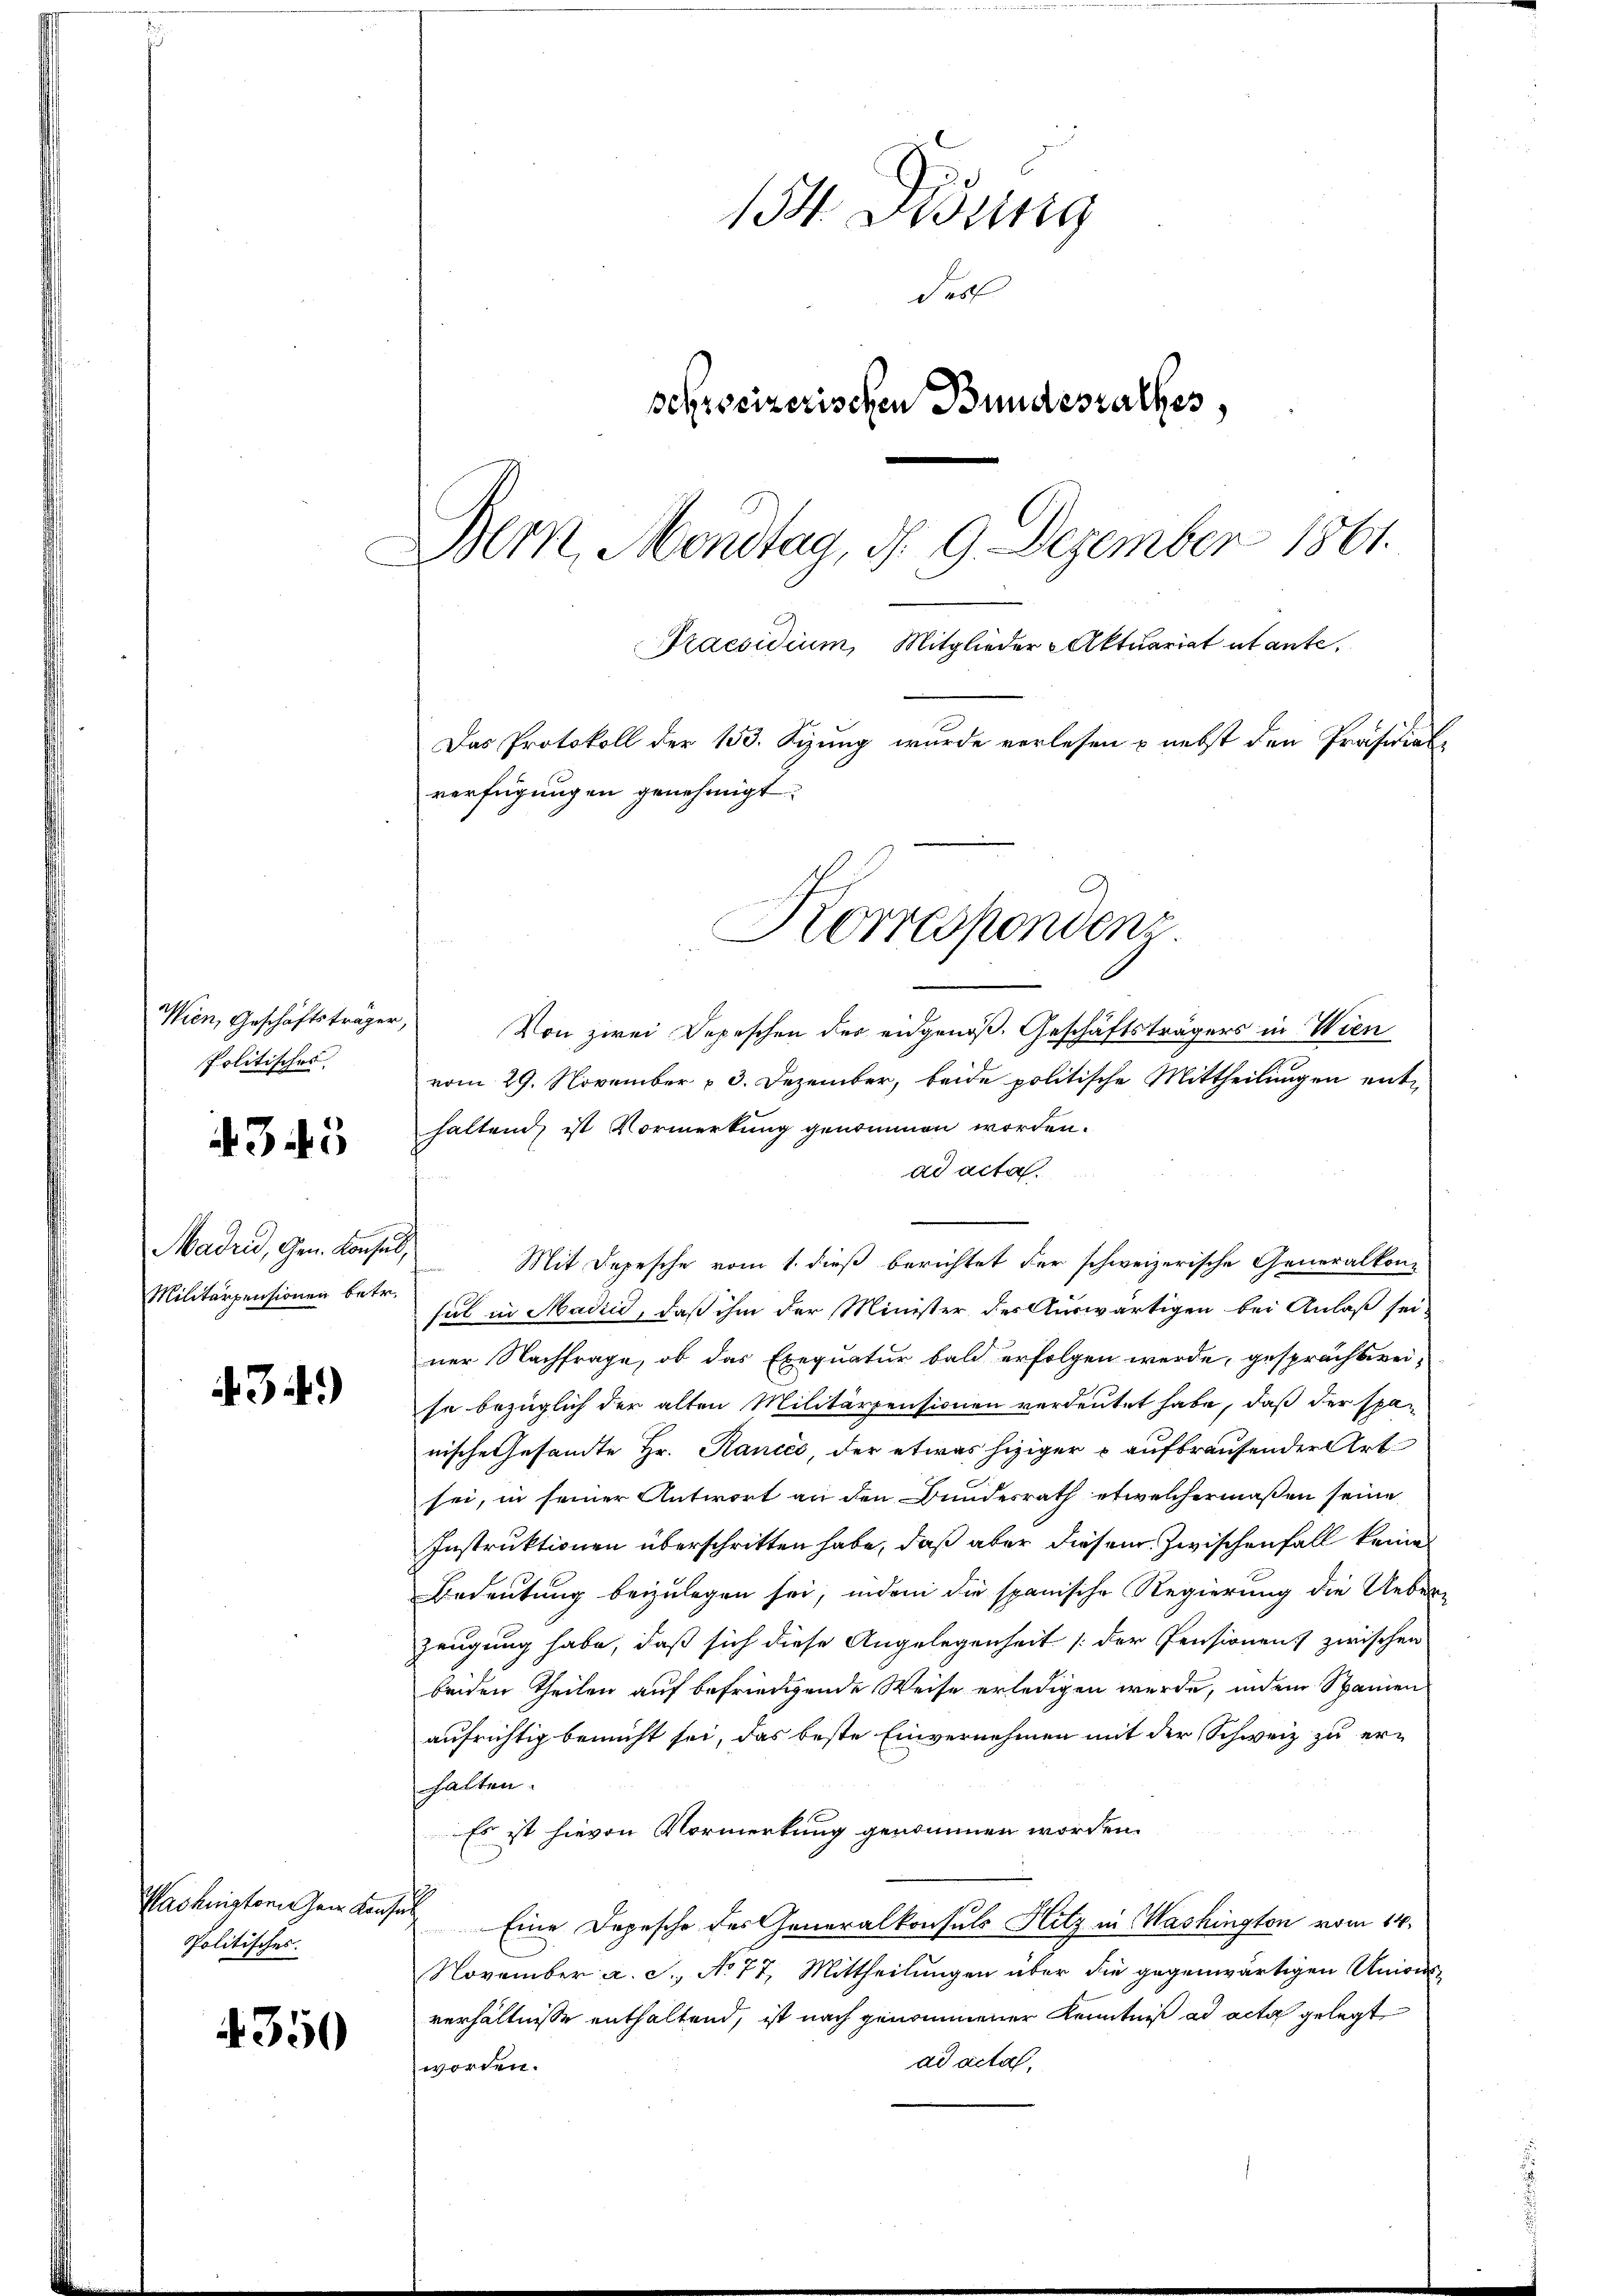
Wien, Geschäftsträger,
Politisches

4345

Madrid, Gen. Konsul,
Militärpensionen betr.

34)

Politisches.

350

134. Deng
Fest
schrocizerischen Bundesrathes,
Bern, Mondtag, d. 9. Dezember 1861.
Praesidium, Mitglieder Aktuariat abante.
Das Protokoll der 153. Sizung wurde verlesen & nebst den Präsidialverfügung in genehmigt.

Von zwei Depeschen der eidgenoß. Geschäftsträgers in Wien
vom 29. November 3. Dezember, beide politische Mittheilungen enthaltend, ist Vormerkung genommen worden.
ad acta.
.
Mit Depesche vom 1. dieß berichtet der schweizerische Generalkon
sul in Madrid, daß ihm der Minister der Auswärtigen bei Anlaß sei-
ner Nachfrage, ob das Exequatur bald erfolgen werde, gesprächtereise bezüglich der alten Militärpensionen verdeutet habe, daß der spanische Gesandte Hr. Rancec, der etwas hiziger - aufbrauhender Art.
sei, in seiner Antwort an den Bundesrath etwelchermaßen seine
Instruktionen überschritten habe, daß aber diesem Zwischenfall keine
Bedeutung beizulegen sei, indem die spanische Regierung die Ueberzeugung habe, daß sich diese Angelegenheit [der Pensionens zwischen
beiden Theilen auf befriedigende Weise erledigen werde, indem Spanien
aufrichtig bemüht sei, das beste Einvernehmen mit der Schweiz zu erhalten.
Es ist hievon Vormerkung genommen worden.
Washistorien Konses Eine Depesche des Generalkonsuls Hitz in Washingten vom 14.
November a. S., No 77, Mittheilungen über die gegenwärtigen Unions-
verhältnisse enthaltend, ist nach genommener Kenntniß ad acta gelegt
ad acta,
worden.

Korrespondenz.